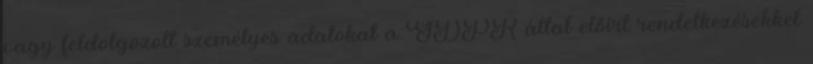
vagy feldolgozott személyes adatokat a GDPR által előírt rendelkezésekkel